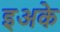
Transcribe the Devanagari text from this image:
इअके